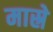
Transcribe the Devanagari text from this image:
मास्रे